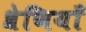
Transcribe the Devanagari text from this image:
श्रेणियॉं